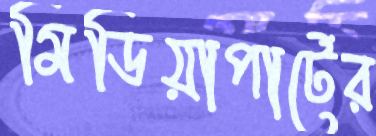
মিডিয়াপার্টের